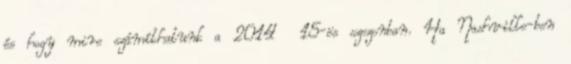
és hogy mire számíthatunk a 2014 15-ös szezonban. Ha Nashville-ben